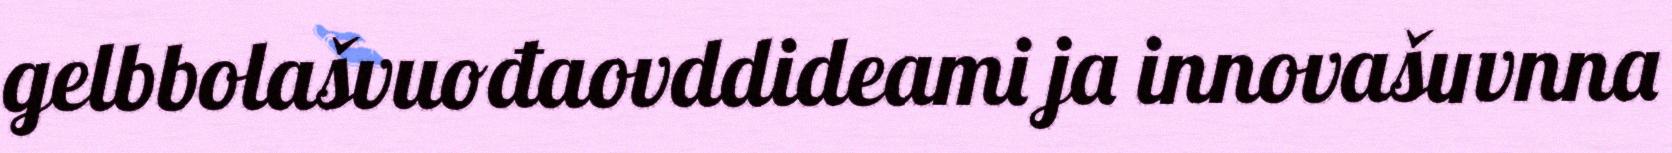
gelbbolašvuođaovddideami ja innovašuvnna